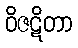
ဝိဇဋိတာ